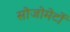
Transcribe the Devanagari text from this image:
सोजोमेर्टो